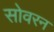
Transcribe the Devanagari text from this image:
सोवरन